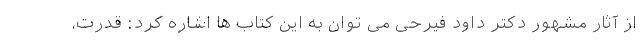
از آثار مشهور دکتر داود فیرحی می توان به این کتاب ها اشاره کرد: قدرت،